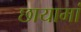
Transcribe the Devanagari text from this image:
छायामां